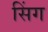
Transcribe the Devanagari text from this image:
सिंग